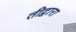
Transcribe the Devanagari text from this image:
तीद्वारा